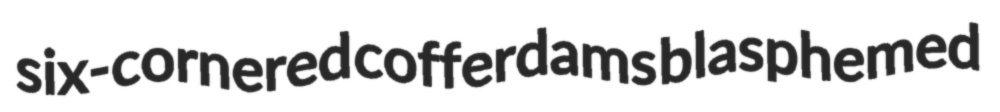
six-cornered cofferdams blasphemed